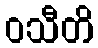
ဝသီတိ